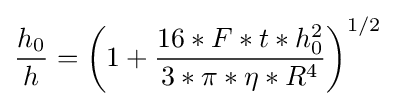
{\frac {h_{0}}{h}}=\left(1+{\frac {16*F*t*h_{0}^{2}}{3*\pi *\eta *R^{4}}}\right)^{1/2}